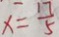
x = \frac { 1 7 } { 5 }